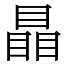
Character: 瞐